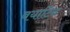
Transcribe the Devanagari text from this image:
बयाटिन